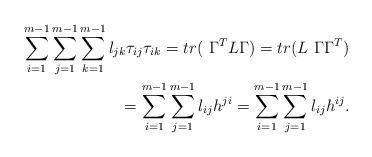
LaTeX: \begin{align*} \sum \limits_{i=1}^{m-1} \sum \limits_{j=1}^{m-1} \sum \limits_{k=1}^{m-1} l_{jk} \tau_{ij} \tau_{ik} = tr( \ {\Gamma}^T L {\Gamma}) =tr( L \ {\Gamma} {\Gamma}^T ) \\ = \sum \limits_{i=1}^{m-1} \sum \limits_{j=1}^{m-1} l_{ij} h^{ji} = \sum \limits_{i=1}^{m-1} \sum \limits_{j=1}^{m-1} l_{ij} h^{ij}. \end{align*}